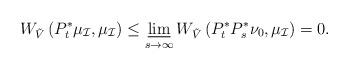
LaTeX: \begin{align*}W_{\tilde V}\left( P_t^*\mu_{\mathcal I} , \mu_{\mathcal I}\right)\leq\varliminf_{s \to \infty}W_{\tilde V}\left( P_t^*P_s^*\nu_0, \mu_{\mathcal I} \right) = 0.\end{align*}